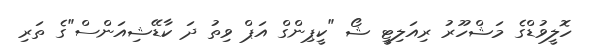
ހޮލީވުޑްގެ މަޝްހޫރު ރިއަލިޓީ ޝޯ "ކީޕިންގް އަޕް ވިތު ދަ ކާޑޭޝިއަންސް"ގެ ތަރި